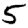
Digit: 5